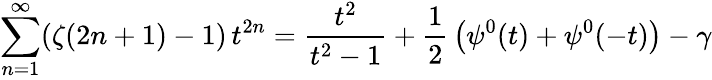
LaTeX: \sum_{n=1}^{\infty}(\zeta(2n+1)-1)\, t^{2n}={\frac{t^{2}}{t^{2}-1}}+{\frac{1}{2}}\left(\psi^{0}(t)+\psi^{0}(-t)\right)-\gamma